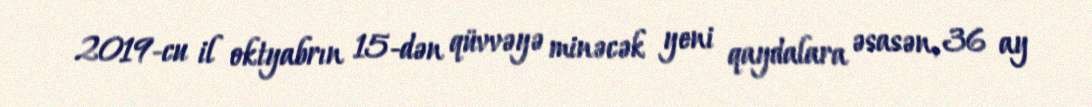
2019-cu il oktyabrın 15-dən qüvvəyə minəcək yeni qaydalara əsasən, 36 ay